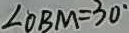
\angle O B M = 3 0 ^ { \circ }